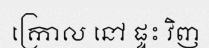
ក្រោល នៅ ផ្ទះ វិញ